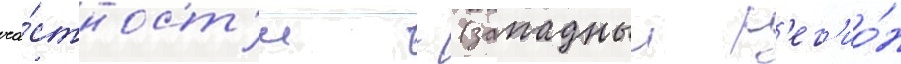
ча́стност'и - (западныи р'ег'ио́н